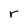
Character: r